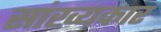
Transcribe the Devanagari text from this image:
सांख्यकार